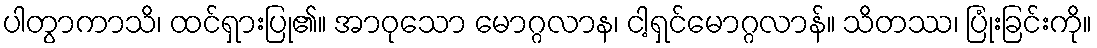
ပါတွာကာသိ၊ ထင်ရှားပြု၏။ အာဝုသော မောဂ္ဂလာန၊ ငါ့ရှင်မောဂ္ဂလာန်။ သိတဿ၊ ပြုံးခြင်းကို။